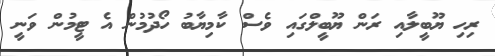
ރިހި ޔޫބީލާއި ރަން ޔޫބީލްގައި ވެސް ކާމިޔާބު ހޯދުމުން އެ ޓީމުން ވަނީ